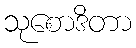
သုစောဒိတာ